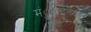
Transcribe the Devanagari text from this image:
मंुबईच्या